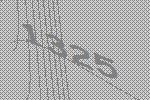
1325